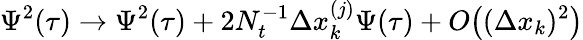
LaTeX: \Psi^{2}(\tau)\rightarrow\Psi^{2}(\tau)+2N_{t}^{-1}\Delta x_{k}^{(j)}\Psi(\tau)+O\big((\Delta x_{k})^{2}\big)